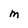
Character: M